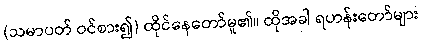
(သမာပတ် ဝင်စား၍) ထိုင်နေတော်မူ၏။ ထိုအခါ ရဟန်းတော်များ